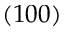
( 1 0 0 )